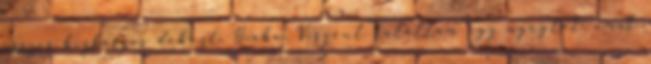
összes bizbaszos dobozt. Hiába. Viszont találtam egy nyugtát, amit